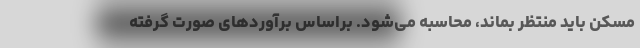
مسکن باید منتظر بماند، محاسبه می‌شود. براساس برآوردهای صورت گرفته